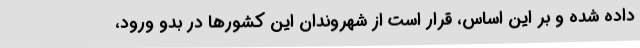
داده شده و بر این اساس، قرار است از شهروندان این کشورها در بدو ورود،